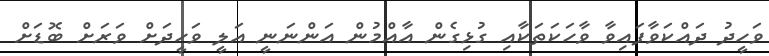
ވަހީދު ދައްކަވާފައިވާ ވާހަކަތަކާއި ގުޅިގެން އާއްމުން އަންނަނީ އަލީ ވަހީދަށް ވަރަށް ބޮޑަށް